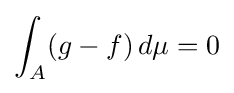
\int _{A}(g-f)\,d\mu =0